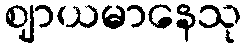
ဈာယမာနေသု